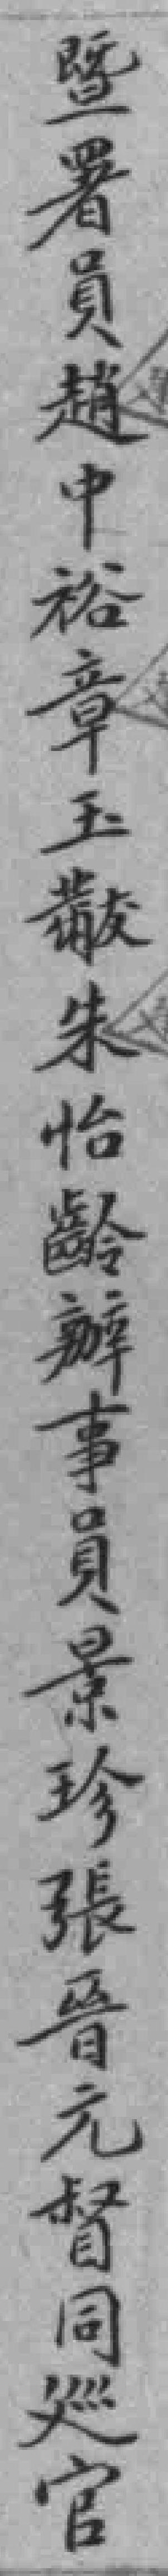
暨署員趙中裕章玉黻朱怡齡辦事員景珍張晉元督同廵官